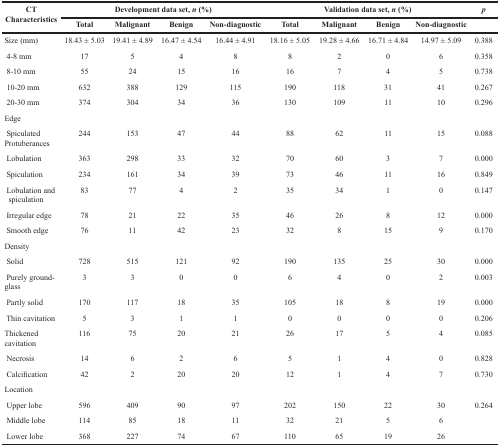
<table><thead><tr><td rowspan="2"><b>CT Characteristics</b></td><td colspan="4"><b>Development data set, <i>n</i> (%)</b></td><td colspan="4"><b>Validation data set, <i>n</i> (%)</b></td><td><b>p</b></td></tr><tr><td><b>Total</b></td><td><b>Malignant</b></td><td><b>Benign</b></td><td><b>Non-diagnostic</b></td><td><b>Total</b></td><td><b>Malignant</b></td><td><b>Benign</b></td><td><b>Non-diagnostic</b></td><td></td></tr></thead><tbody><tr><td>Size (mm)</td><td>18.43 ± 5.03</td><td>19.41 ± 4.89</td><td>16.47 ± 4.54</td><td>16.44 ± 4.91</td><td>18.16 ± 5.05</td><td>19.28 ± 4.66</td><td>16.71 ± 4.84</td><td>14.97 ± 5.09</td><td>0.388</td></tr><tr><td> 4-8 mm</td><td>17</td><td>5</td><td>4</td><td>8</td><td>8</td><td>2</td><td>0</td><td>6</td><td>0.358</td></tr><tr><td> 8-10 mm</td><td>55</td><td>24</td><td>15</td><td>16</td><td>16</td><td>7</td><td>4</td><td>5</td><td>0.738</td></tr><tr><td> 10-20 mm</td><td>632</td><td>388</td><td>129</td><td>115</td><td>190</td><td>118</td><td>31</td><td>41</td><td>0.267</td></tr><tr><td> 20-30 mm</td><td>374</td><td>304</td><td>34</td><td>36</td><td>130</td><td>109</td><td>11</td><td>10</td><td>0.296</td></tr><tr><td>Edge</td><td></td><td></td><td></td><td></td><td></td><td></td><td></td><td></td><td></td></tr><tr><td> SpiculatedProtuberances</td><td>244</td><td>153</td><td>47</td><td>44</td><td>88</td><td>62</td><td>11</td><td>15</td><td>0.088</td></tr><tr><td> Lobulation</td><td>363</td><td>298</td><td>33</td><td>32</td><td>70</td><td>60</td><td>3</td><td>7</td><td>0.000</td></tr><tr><td> Spiculation</td><td>234</td><td>161</td><td>34</td><td>39</td><td>73</td><td>46</td><td>11</td><td>16</td><td>0.849</td></tr><tr><td> Lobulation andspiculation</td><td>83</td><td>77</td><td>4</td><td>2</td><td>35</td><td>34</td><td>1</td><td>0</td><td>0.147</td></tr><tr><td> Irregular edge</td><td>78</td><td>21</td><td>22</td><td>35</td><td>46</td><td>26</td><td>8</td><td>12</td><td>0.000</td></tr><tr><td> Smooth edge</td><td>76</td><td>11</td><td>42</td><td>23</td><td>32</td><td>8</td><td>15</td><td>9</td><td>0.170</td></tr><tr><td>Density</td><td></td><td></td><td></td><td></td><td></td><td></td><td></td><td></td><td></td></tr><tr><td> Solid</td><td>728</td><td>515</td><td>121</td><td>92</td><td>190</td><td>135</td><td>25</td><td>30</td><td>0.000</td></tr><tr><td> Purely ground-glass</td><td>3</td><td>3</td><td>0</td><td>0</td><td>6</td><td>4</td><td>0</td><td>2</td><td>0.003</td></tr><tr><td> Partly solid</td><td>170</td><td>117</td><td>18</td><td>35</td><td>105</td><td>18</td><td>8</td><td>19</td><td>0.000</td></tr><tr><td> Thin cavitation</td><td>5</td><td>3</td><td>1</td><td>1</td><td>0</td><td>0</td><td>0</td><td>0</td><td>0.206</td></tr><tr><td>Thickened cavitation</td><td>116</td><td>75</td><td>20</td><td>21</td><td>26</td><td>17</td><td>5</td><td>4</td><td>0.085</td></tr><tr><td> Necrosis</td><td>14</td><td>6</td><td>2</td><td>6</td><td>5</td><td>1</td><td>4</td><td>0</td><td>0.828</td></tr><tr><td> Calcification</td><td>42</td><td>2</td><td>20</td><td>20</td><td>12</td><td>1</td><td>4</td><td>7</td><td>0.730</td></tr><tr><td>Location</td><td></td><td></td><td></td><td></td><td></td><td></td><td></td><td></td><td></td></tr><tr><td> Upper lobe</td><td>596</td><td>409</td><td>90</td><td>97</td><td>202</td><td>150</td><td>22</td><td>30</td><td>0.264</td></tr><tr><td> Middle lobe</td><td>114</td><td>85</td><td>18</td><td>11</td><td>32</td><td>21</td><td>5</td><td>6</td><td></td></tr><tr><td> Lower lobe</td><td>368</td><td>227</td><td>74</td><td>67</td><td>110</td><td>65</td><td>19</td><td>26</td><td></td></tr></tbody></table>